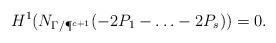
LaTeX: \begin{align*}H^1(N_{\Gamma/\P^{c+1}}(-2P_1- \ldots - 2P_s))=0.\end{align*}